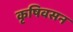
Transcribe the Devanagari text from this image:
कृषिवसन